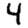
Digit: 4